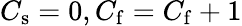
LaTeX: C_{\mathrm{s}}=0,C_{\mathrm{f}}=C_{\mathrm{f}}+1